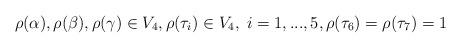
LaTeX: \begin{align*}\rho(\alpha), \rho(\beta), \rho(\gamma) \in V_4, \rho(\tau_i) \in V_4, \; i = 1, ..., 5, \rho(\tau_6)=\rho(\tau_7) = 1\end{align*}